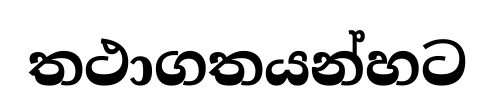
තථාගතයන්හට